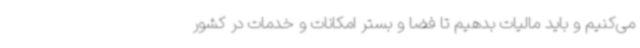
می‌کنیم و باید مالیات بدهیم تا فضا و بستر امکانات و خدمات در کشور